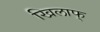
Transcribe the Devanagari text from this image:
खिलाफ्